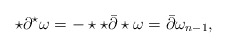
\begin{align*}\star\partial^{\star}\omega= -\star \star\bar\partial \star\omega= \bar\partial\omega_{n-1},\end{align*}